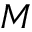
\boldsymbol { M }